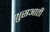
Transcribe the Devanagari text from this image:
शुसआती